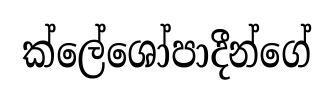
ක්ලේශෝපාදීන්ගේ